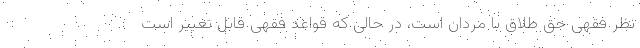
نظر فقهی حق طلاق با مردان است، در حالی که قواعد فقهی قابل تغییر است